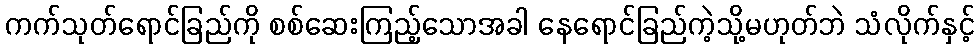
ကက်သုတ်ရောင်ခြည်ကို စစ်ဆေးကြည့်သောအခါ နေရောင်ခြည်ကဲ့သို့မဟုတ်ဘဲ သံလိုက်နှင့်